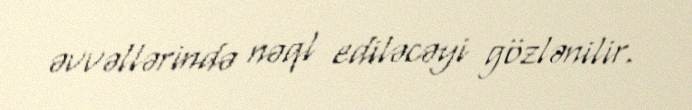
əvvəllərində nəql ediləcəyi gözlənilir.